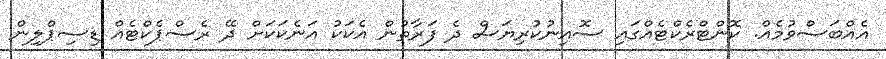
އެއްބަސްވުމެއް. ކޮންޓްރެކްޓެއްގައި ސޮއިނުކުރިޔަސް ދެ ފަރާތުން އެކަކު އަނެކަކަށް ދޭ ރެސްޕެކްޓެއް ޑިސިޕްލިން